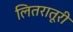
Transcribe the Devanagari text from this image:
लितरातूरी